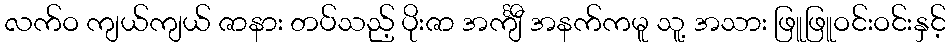
လက်ဝ ကျယ်ကျယ် ဇာနား တပ်သည့် ပိုးဇာ အင်္ကျီ အနက်ကမူ သူ့ အသား ဖြူဖြူဝင်းဝင်းနှင့်